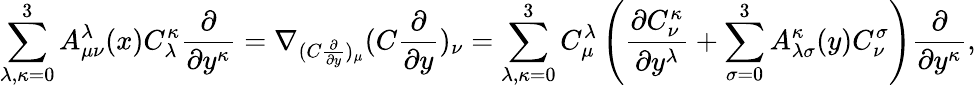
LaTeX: \sum_{\lambda,\kappa=0}^{3}A_{\mu\nu}^{\lambda}(x)C_{\lambda}^{\kappa}\frac{\partial}{\partial y^{\kappa}}=\nabla_{(C\frac{\partial}{\partial y})_{\mu}}(C\frac{\partial}{\partial y})_{\nu}=\sum_{\lambda,\kappa=0}^{3}C_{\mu}^{\lambda}\left(\frac{\partial C_{\nu}^{\kappa}}{\partial y^{\lambda}}+\sum_{\sigma=0}^{3}A_{\lambda\sigma}^{\kappa}(y)C_{\nu}^{\sigma}\right)\frac{\partial}{\partial y^{\kappa}},